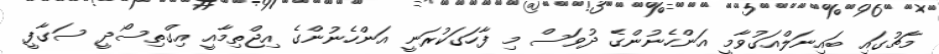
މާޗުގައި ބައިނަލްއަގުވާމީ އަންހެނުންގެ ދުވަސް މި ފާހަގަކުރަނީ އަންހެނުންގެ އިޖްތިމާއީ އިގްތިސޯދީ ސަގާފީ